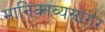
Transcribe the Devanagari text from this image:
मानिकाव्यसागर